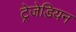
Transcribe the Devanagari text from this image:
ट्रेजेडियन